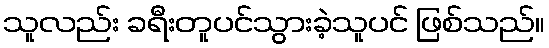
သူလည်း ခရီးတူပင်သွားခဲ့သူပင် ဖြစ်သည်။